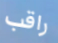
راقب